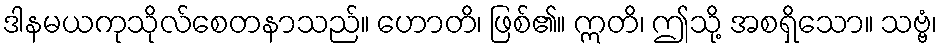
ဒါနမယကုသိုလ်စေတနာသည်။ ဟောတိ၊ ဖြစ်၏။ ဣတိ၊ ဤသို့ အစရှိသော။ သဗ္ဗံ၊